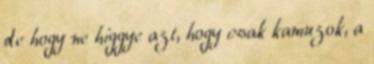
de hogy ne higgye azt, hogy csak kamuzok, a